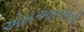
એમઆરએપી